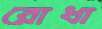
রোধা